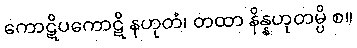
ကောဋိပကောဋိ နဟုတံ၊ တထာ နိန္နဟုတမ္ပိ စ။